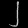
Digit: ၂